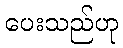
ပေးသည်ဟု